Indian Civil Veterinary Department memoirs
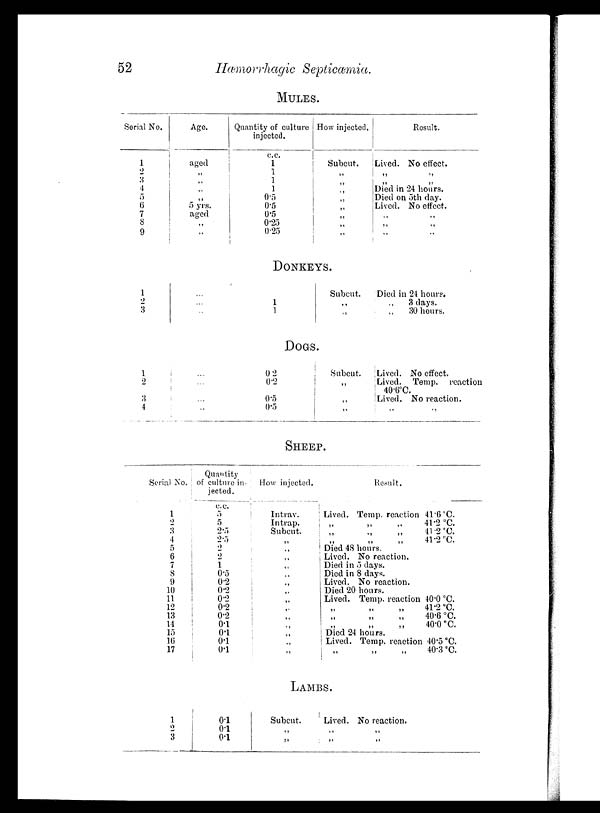
52
Hæmorrhagic
Septicæmia.
MULES.
Serial No.
1
2
3
4
5
6
7
8
9
Age.
aged
„
„
„
„
5 yrs.
aged
„
„
Quantity of culture
injected.
c.c.
1
1
1 1
0.5
0.5
0.5
0.25
0.25
How injected.
Subcut.
„
„
„
„
„
„
„
„
Result.
Lived. No effect.
„ „
„ „
Died in 24 hours.
Died on 5th day.
Lived. No effect.
„ „
„ „
„ „
DONKEYS.
1
2
3
...
...
...
1
1
Subcut.
„
„
Died in 24 hours.
„ 3 days.
„
30 hours.
DOGS.
1
2
3
4
...
...
...
...
0 2
0.2
0.5
0.5
Subcut.
„
„
„
Lived. No effect.
Lived.
Temp.
reaction
40.6°C.
Lived. No reaction.
„ „
SHEEP.
Serial No.
1
2
3
4
5
6
7
8
9
10
11
12
13
14
15
16
17
Quantity
of culture in-
jected.
c.c.
5
5
2.5
2.5
2
2
1
0.5
0.2
0.2
0.2
0.2
0.2
0.1
0.1
0.1
0.1
How injected.
Intrav.
Intrap.
Subcut.
„
„
„
„
„
„
„
„
„
„
„
„
„
„
Result.
Lived. Temp. reaction
„ „ „
„ „ „
„ „ „
Died 48 hours.
Lived. No reaction.
Died in 5 days.
Died in 8 days.
Lived. No reaction.
Died 20 hours.
Lived. Temp. reaction
„ „ „
„ „ „
„
„
„
Died 24 hours.
Lived. Temp. reaction
„ „ „
41.6 °C.
41.2 °C.
41.2 °C.
41.2 °C.
40.0 °C.
41.2 °C.
40.6 °C.
40.0 °C.
40.5 °C.
40.3 °C.
LAMBS.
1
2
3
0.1
0.1
0.1
Subcut.
„
„
Lived. No reaction.
„ „
„
„